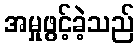
အမှုဖွင့်ခဲ့သည်